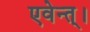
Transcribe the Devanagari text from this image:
एवेन्त्।